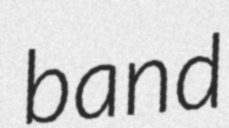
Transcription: band